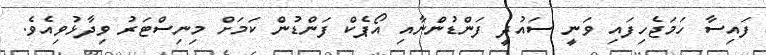
ފައިސާ ހަމަޖެހިފައި ވަނީ ސައުދީ ފަންޑުންނާއި އޯޕެކް ފަންޑުން ކަމަށް މިނިސްޓަރު ވިދާޅުވިއެވެ.